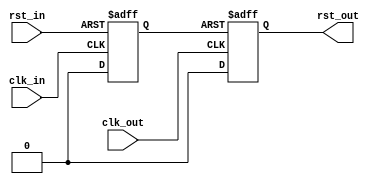
module reset_resync #(
		parameter VALUE_DURING_RESET = 1
) (
  input       rst_in,
  input       clk_in,
  input       clk_out,
  (* ASYNC_REG = "TRUE" *) (* keep="true" *) output reg  rst_out
);
// WRITE CLOCK DOMAIN
(* keep="true" *) reg rst_in_dly;
always @(posedge clk_in or posedge rst_in) begin
  if (rst_in) begin
    rst_in_dly <= 1'b1;
  end else begin
    rst_in_dly <= 1'b0;
  end
end
// READ CLOCK DOMAIN DATA TRANSFER
initial begin
	rst_out = VALUE_DURING_RESET;
end
always @(posedge clk_out or posedge rst_in_dly) begin
  if (rst_in_dly) begin
    rst_out <= VALUE_DURING_RESET;
  end else begin
    rst_out <= ~VALUE_DURING_RESET;
  end
end
endmodule